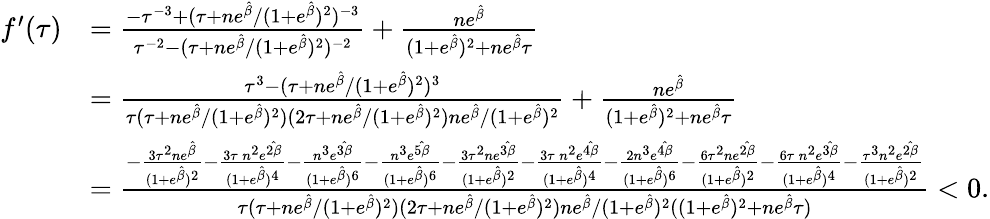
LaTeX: \begin{array}{rl}{f^{\prime}(\tau)}&{=\frac{-\tau^{-3}+(\tau+ne^{\hat{\beta}}/(1+e^{\hat{\beta}})^{2})^{-3}}{\tau^{-2}-(\tau+ne^{\hat{\beta}}/(1+e^{\hat{\beta}})^{2})^{-2}}+\frac{ne^{\hat{\beta}}}{(1+e^{\hat{\beta}})^{2}+ne^{\hat{\beta}}\tau}}\\ &{=\frac{\tau^{3}-(\tau+ne^{\hat{\beta}}/(1+e^{\hat{\beta}})^{2})^{3}}{\tau(\tau+ne^{\hat{\beta}}/(1+e^{\hat{\beta}})^{2})(2\tau+ne^{\hat{\beta}}/(1+e^{\hat{\beta}})^{2})ne^{\hat{\beta}}/(1+e^{\hat{\beta}})^{2}}+\frac{ne^{\hat{\beta}}}{(1+e^{\hat{\beta}})^{2}+ne^{\hat{\beta}}\tau}}\\ &{=\frac{-\frac{3\tau^{2}ne^{\hat{\beta}}}{(1+e^{\hat{\beta}})^{2}}-\frac{3\tau\, n^{2}e^{\hat{2\beta}}}{(1+e^{\hat{\beta}})^{4}}-\frac{n^{3}e^{\hat{3\beta}}}{(1+e^{\hat{\beta}})^{6}}-\frac{n^{3}e^{\hat{5\beta}}}{(1+e^{\hat{\beta}})^{6}}-\frac{3\tau^{2}ne^{\hat{3\beta}}}{(1+e^{\hat{\beta}})^{2}}-\frac{3\tau\, n^{2}e^{\hat{4\beta}}}{(1+e^{\hat{\beta}})^{4}}-\frac{2n^{3}e^{\hat{4\beta}}}{(1+e^{\hat{\beta}})^{6}}-\frac{6\tau^{2}ne^{\hat{2\beta}}}{(1+e^{\hat{\beta}})^{2}}-\frac{6\tau\, n^{2}e^{\hat{3\beta}}}{(1+e^{\hat{\beta}})^{4}}-\frac{\tau^{3}n^{2}e^{\hat{2\beta}}}{(1+e^{\hat{\beta}})^{2}}}{\tau(\tau+ne^{\hat{\beta}}/(1+e^{\hat{\beta}})^{2})(2\tau+ne^{\hat{\beta}}/(1+e^{\hat{\beta}})^{2})ne^{\hat{\beta}}/(1+e^{\hat{\beta}})^{2}((1+e^{\hat{\beta}})^{2}+ne^{\hat{\beta}}\tau)}<0.}\end{array}